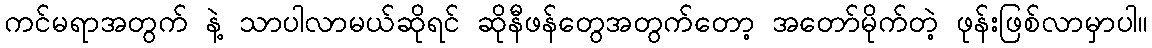
ကင်မရာအတွက် နဲ့ သာပါလာမယ်ဆိုရင် ဆိုနီဖန်တွေအတွက်တော့ အတော်မိုက်တဲ့ ဖုန်းဖြစ်လာမှာပါ။